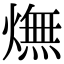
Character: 㷻